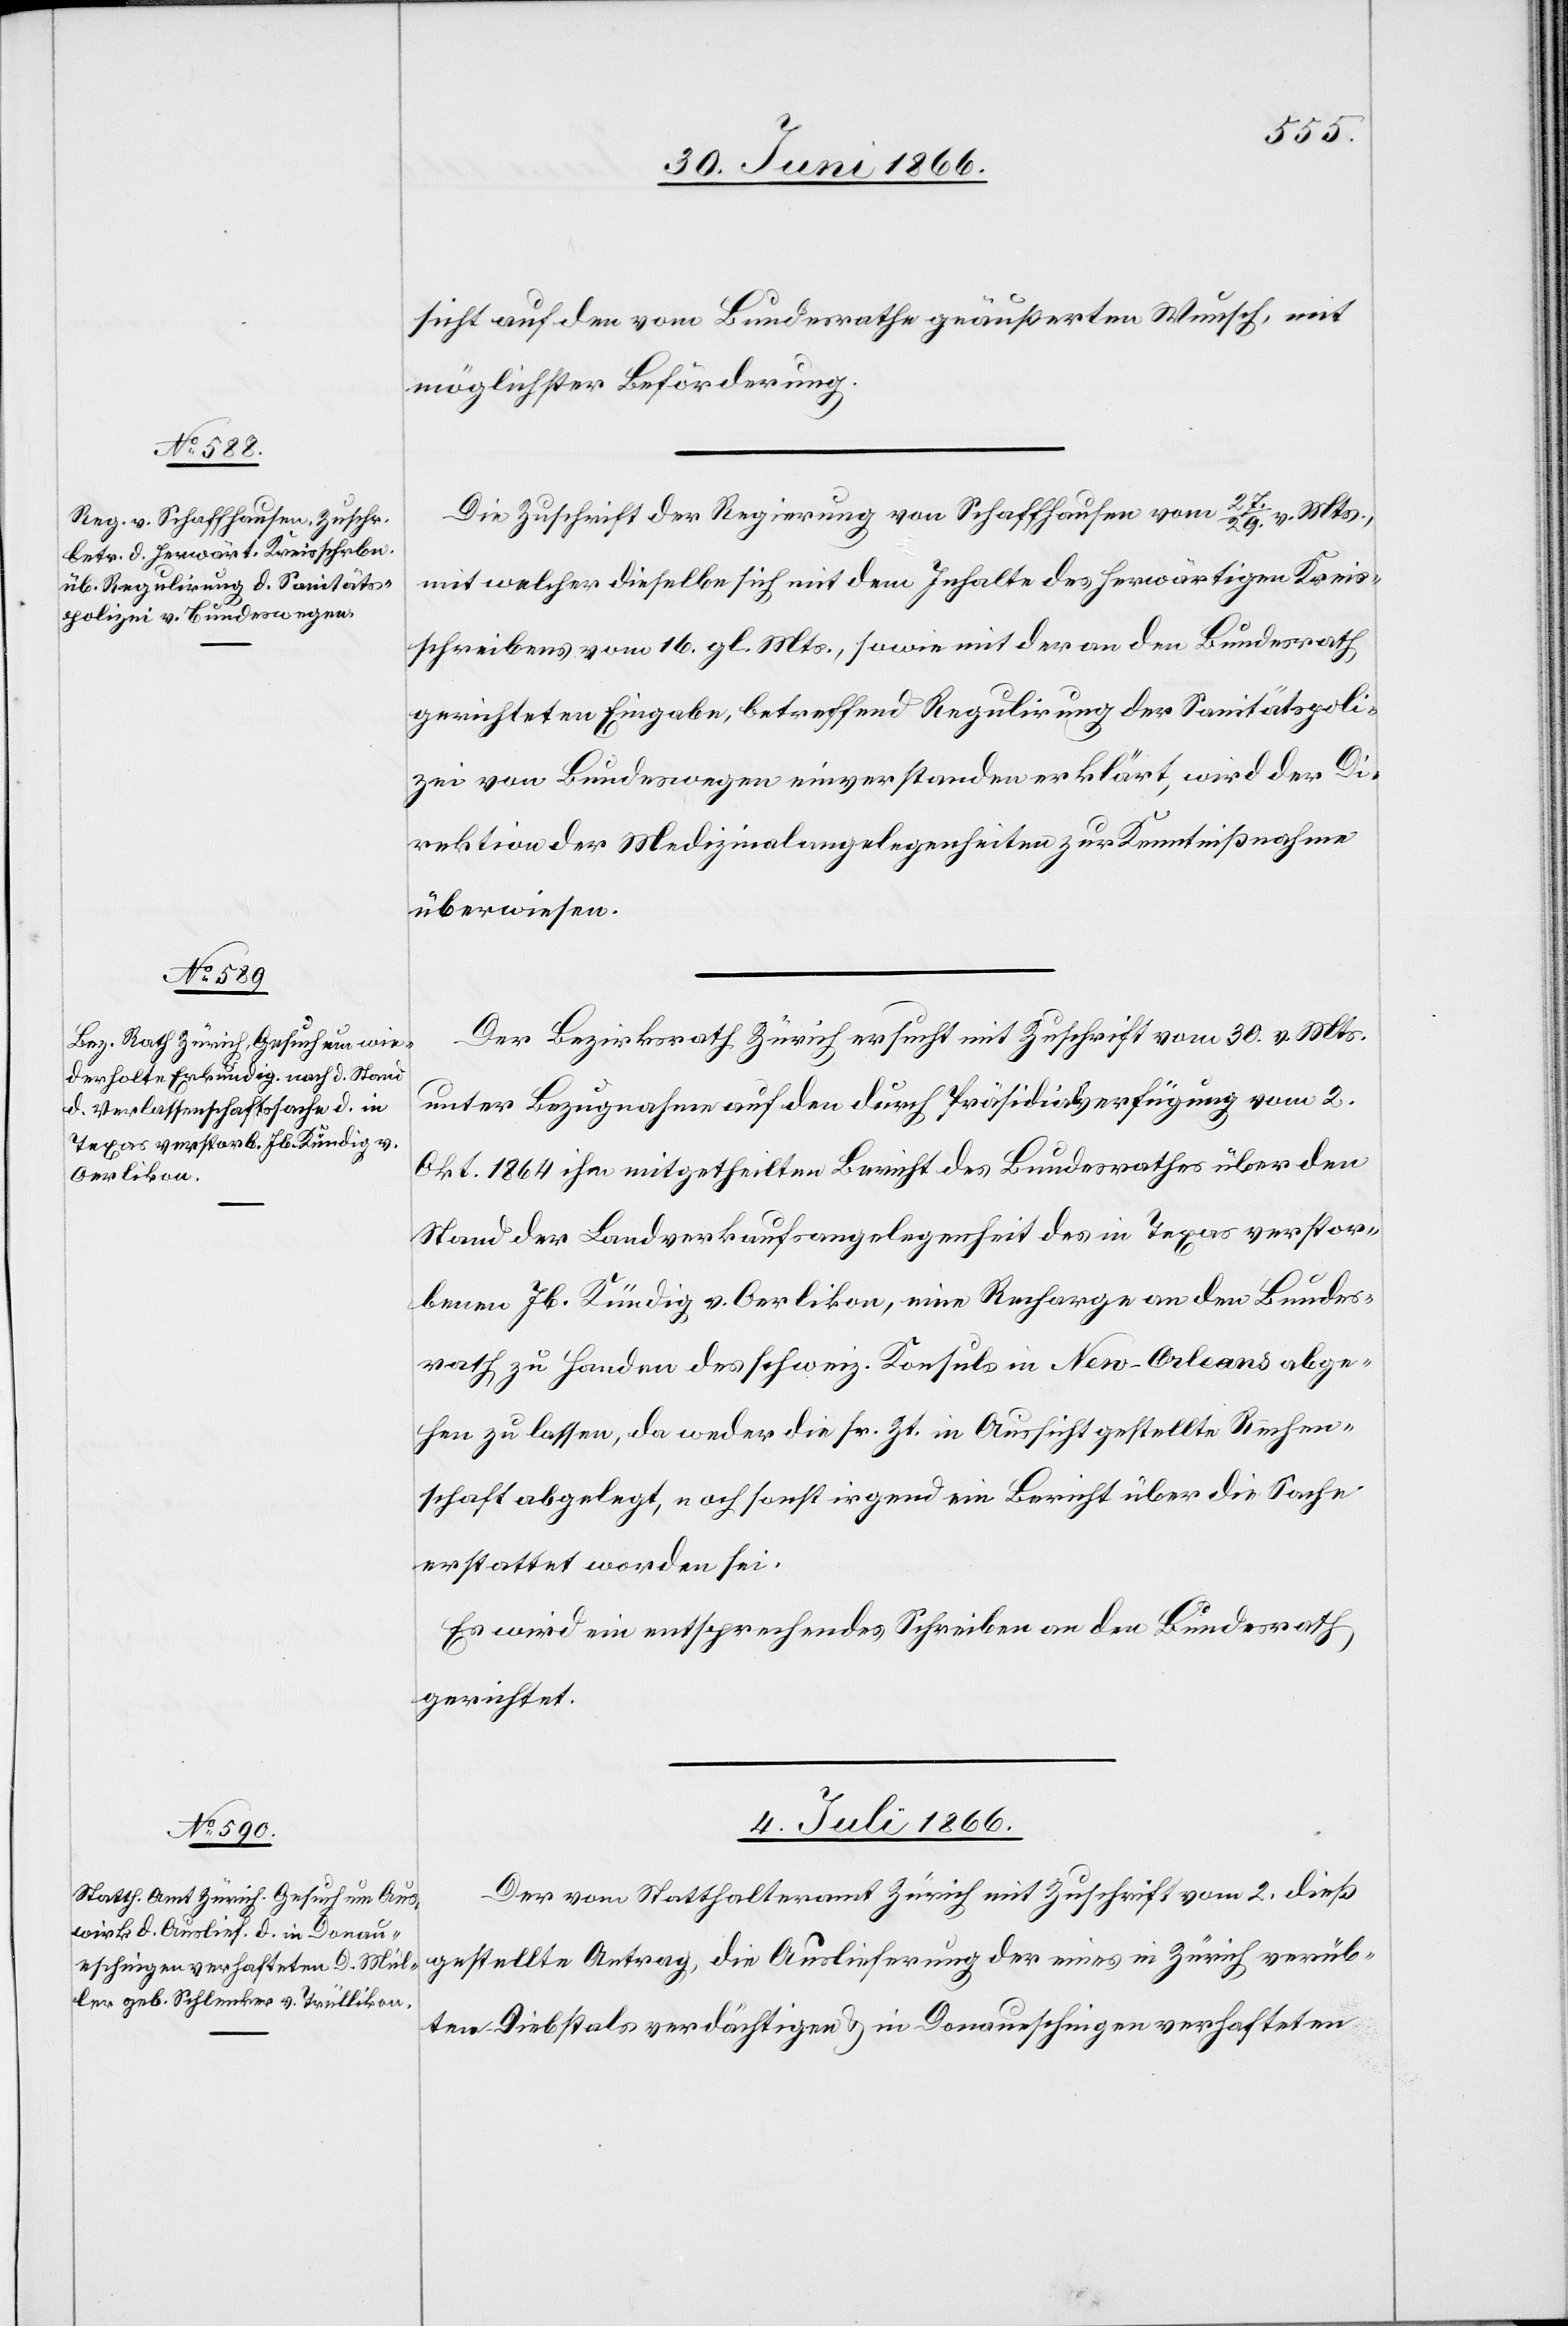
sicht auf den vom Bundesrathe geäußerten Wunsch, mit
möglichster Beförderung.
Die Zuschrift der Regierung von Schaffhausen vom 27./29. v. Mts.,
mit welcher dieselbe sich mit dem Inhalte des herwärtigen Kreis¬
schreibens vom 16. gl. Mts., sowie mit der an den Bundesrath
gerichteten Eingabe, betreffend Regulirung der Sanitätspoli¬
zei von Bundeswegen einverstanden erklärt, wird der Di¬
rektion der Medizinalangelegenheiten zur Kenntnißnahme
überwiesen.
Der Bezirksrath Zürich ersucht mit Zuschrift vom 30. v. Mts.
unter Bezugnahme auf den durch Präsidialverfügung vom 2.
Okt. 1864 ihm mitgetheilten Bericht des Bundesrathes über den
Stand der Landverkaufsangelegenheit des in Texas verstor¬
benen Jb. Kündig v. Oerlikon, eine Recharge an den Bundes¬
rath zu Handen des schweiz. Konsuls in New-Orleans abge¬
hen zu lassen, da weder die sr. Zt. in Aussicht gestellte Rechen¬
schaft abgelegt, noch sonst irgend ein Bericht über die Sache
erstattet worden sei.
Es wird ein entsprechendes Schreiben an den Bundesrath
4. Juli 1866.
Der vom Statthalteramt Zürich mit Zuschrift vom 2. dieß
gestellte Antrag, die Auslieferung der eines in Zürich verüb¬
ten Diebstals verdächtigen u. in Donaueschingen verhafteten